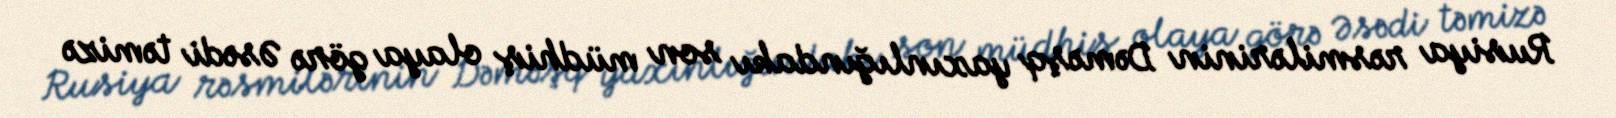
Rusiya rəsmilərinin Dəməşq yaxınlığındakı son müdhiş olaya görə Əsədi təmizə